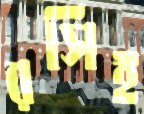
রসিই